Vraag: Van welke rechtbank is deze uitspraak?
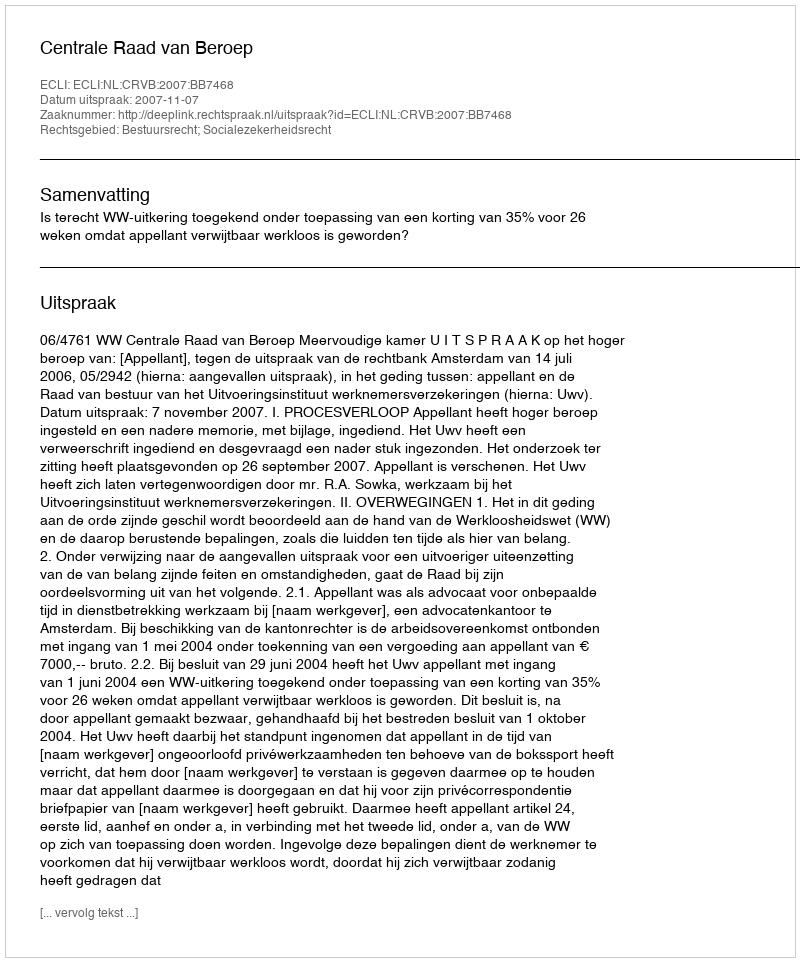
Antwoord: Centrale Raad van Beroep